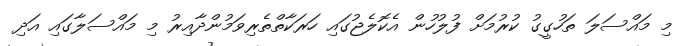
މި މައްސަލަ ތަހުގީގު ކުރުމަށް ފުލުހުން އެކޮލެޖުގައި ހަރަކާތްތެރިވަމުންދާއިރު މި މައްސަލާގައި އަދި